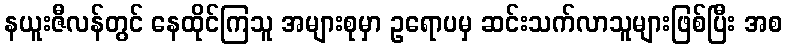
နယူးဇီလန်တွင် နေထိုင်ကြသူ အများစုမှာ ဥရောပမှ ဆင်းသက်လာသူများဖြစ်ပြီး အစ